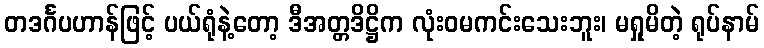
တဒင်္ဂပဟာန်ဖြင့် ပယ်ရုံနဲ့တော့ ဒီအတ္တဒိဋ္ဌိက လုံးဝမကင်းသေးဘူး၊ မရှုမိတဲ့ ရုပ်နာမ်